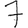
Digit: 7